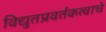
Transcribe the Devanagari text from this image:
विद्युतप्रवर्तकत्वाचे